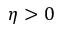
{ \eta } > 0